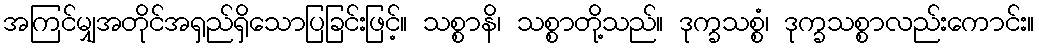
အကြင်မျှအတိုင်အရှည်ရှိသောပြခြင်းဖြင့်။ သစ္စာနိ၊ သစ္စာတို့သည်။ ဒုက္ခသစ္စံ၊ ဒုက္ခသစ္စာလည်းကောင်း။